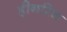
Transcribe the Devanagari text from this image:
हीनरिच